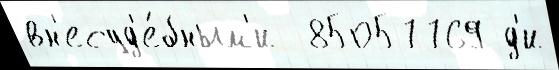
вн'есуд'е́бным'и  85057769 д'и